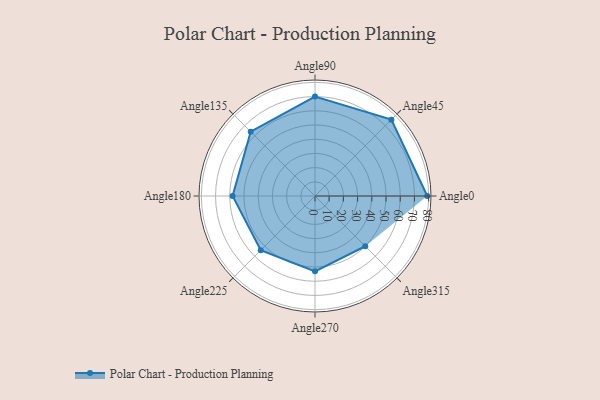
{"axis": {"x": "Angle", "y": "Radius"}, "legend": [""], "data": [{"x": "Angle0", "y": 79.0, "type": ""}, {"x": "Angle45", "y": 76.0, "type": ""}, {"x": "Angle90", "y": 70.0, "type": ""}, {"x": "Angle135", "y": 64.0, "type": ""}, {"x": "Angle180", "y": 58.0, "type": ""}, {"x": "Angle225", "y": 54.0, "type": ""}, {"x": "Angle270", "y": 53.0, "type": ""}, {"x": "Angle315", "y": 50.0, "type": ""}]}